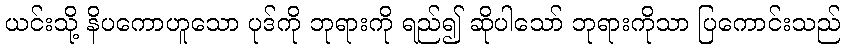
ယင်းသို့ နိပကောဟူသော ပုဒ်ကို ဘုရားကို ရည်၍ ဆိုပါသော် ဘုရားကိုသာ ပြကောင်းသည်